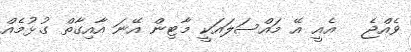
ވެއްޖެ   އެއީ އޭ މައްސަލައަކީ މާޓިން އޭނަ އާއިގާތް ގުޅުމެއް